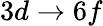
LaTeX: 3d\rightarrow 6f